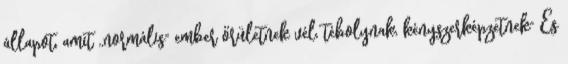
állapot, amit ,,normális" ember őrületnek vél, tébolynak, kényszerképzetnek" És